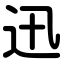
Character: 迅